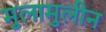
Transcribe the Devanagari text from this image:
मुलामुलीन